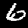
Digit: 6